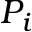
P _ { i }